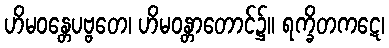
ဟိမဝန္တေပဗ္ဗတေ၊ ဟိမဝန္တာတောင်၌။ ရက္ခိတကဋေ၊